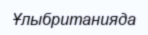
Ұлыбританияда